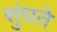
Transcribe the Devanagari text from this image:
सुंघते